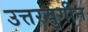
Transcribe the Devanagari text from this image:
उत्तरयुगीन